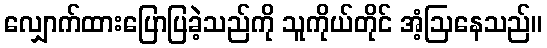
လျှောက်ထားပြောပြခဲ့သည်ကို သူကိုယ်တိုင် အံ့ဩနေသည်။